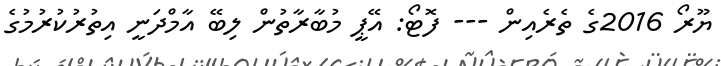
ޔޫރޯ 2016ގެ ތެރެއިން --- ފޮޓޯ: އޭޕީ މުބާރާތުން ލިބޭ އާމްދަނީ އިތުރުކުރުމުގެ